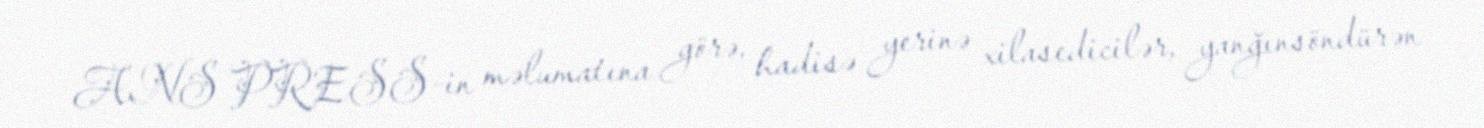
ANS PRESS-in məlumatına görə, hadisə yerinə xilasedicilər, yanğınsöndürən